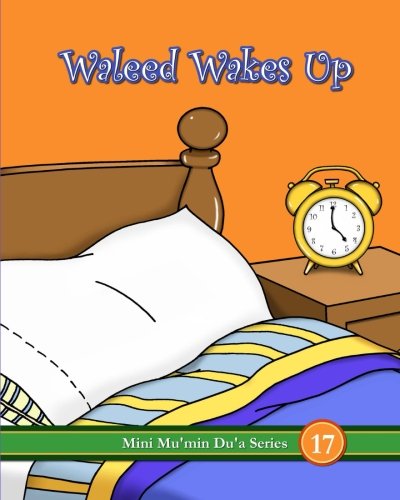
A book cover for Waleed Wakes Up (Mini Mu'min Du'a Series); Mini Mu'min Publications; Religion & Spirituality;